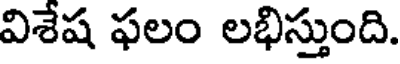
విశేష ఫలం లభిస్తుంది.